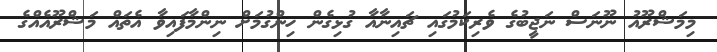
މިމަޝްރޫއު ނޫނަސް ނަޖީބުގެ ވެރިކަމުގައި ޗައިނާއާ ގުޅިގެން ހިންގުމަށް ނިންމާފައިވާ އެތައް މަޝްރޫއެއްގެ